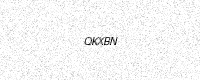
Text: QKXBN